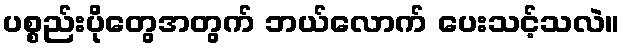
ပစ္စည်းပိုတွေအတွက် ဘယ်လောက် ပေးသင့်သလဲ။